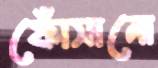
ফোঁসানো